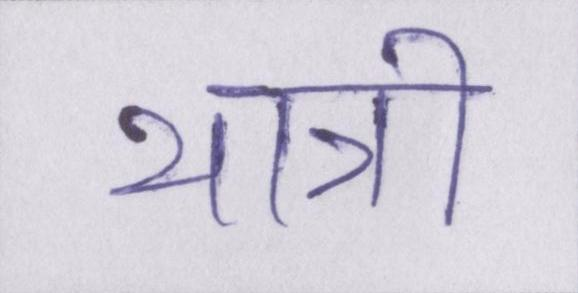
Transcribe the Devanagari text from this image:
यात्री